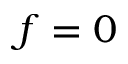
f = 0